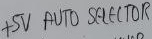
Text: +5V AUTO SELECTOR